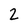
Character: 2